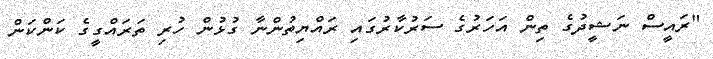
"ރައީސް ނަޝީދުގެ ތިން އަހަރުގެ ސަރުކާރުގައި ރައްޔިތުންނާ ގުޅުން ހުރި ތަރައްގީގެ ކަންކަން